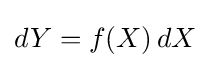
dY=f(X)\,dX